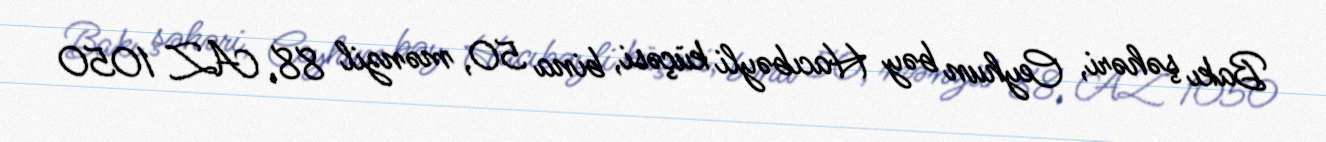
Bakı şəhəri, Ceyhun bəy Hacıbəyli küçəsi, bina 50, mənzil 88, AZ 1050